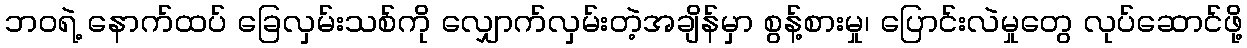
ဘဝရဲ့ နောက်ထပ် ခြေလှမ်းသစ်ကို လျှောက်လှမ်းတဲ့အချိန်မှာ စွန့်စားမှု၊ ပြောင်းလဲမှုတွေ လုပ်ဆောင်ဖို့